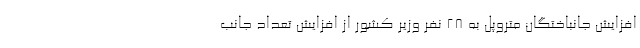
افزایش جانباختگان متروپل به ۲۸ نفر وزیر کشور از افزایش تعداد جانب